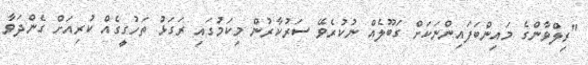
"ރިލްވާންގެ މައިންބަފައިންނަކަށް ގަބޫލެއް ނުކުރެވޭ ސަރުކާރުން މިކަމުގައި ރަގަޅު ތަހުގީގެއް ކުރިއަށް ގެންދަވާ